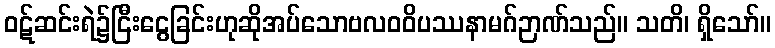
ဝဋ်ဆင်းရဲ၌ငြီးငွေခြင်းဟုဆိုအပ်သောဗလဝဝိပဿနာမဂ်ဉာဏ်သည်။ သတိ၊ ရှိသော်။